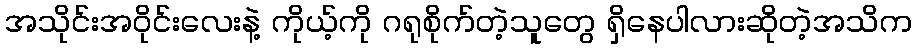
အသိုင်းအဝိုင်းလေးနဲ့ ကိုယ့်ကို ဂရုစိုက်တဲ့သူတွေ ရှိနေပါလားဆိုတဲ့အသိက